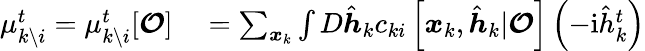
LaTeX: \begin{array}{rl}{\mu_{k\setminus i}^{t}=\mu_{k\setminus i}^{t}[\boldsymbol{\mathcal{O}}]}&{{}=\sum_{\boldsymbol{x}_{k}}\int D\hat{\boldsymbol{h}}_{k}c_{ki}\left[\boldsymbol{x}_{k},\hat{\boldsymbol{h}}_{k}|\boldsymbol{\mathcal{O}}\right]\left(-\mathrm{i}\hat{h}_{k}^{t}\right)}\end{array}